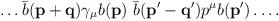
LaTeX: \begin{align*}\dots {\bar{b}({\mathbf{p+q}}) \gamma_\mu} {b({\mathbf{p}})\,\,} {\bar{b} ({\mathbf{p'-q'}}) p^\mu} b(\mathbf{p'})\dots . \end{align*}